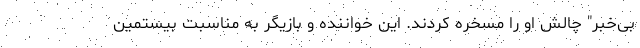
بی‌خبر" چالش او را مسخره کردند. این خواننده و بازیگر به مناسبت بیستمین